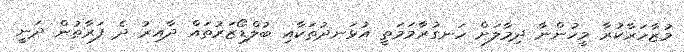
މުޒާހަރާކުރާ މީހުންނާ ދިމާލަށް ހަނގުރާމަމަތީ އުޅަނދުތަކާއި ބުލްޑޯޒަރުތައް ދާއިރު ދެ ފަރާތުން ދަނީ